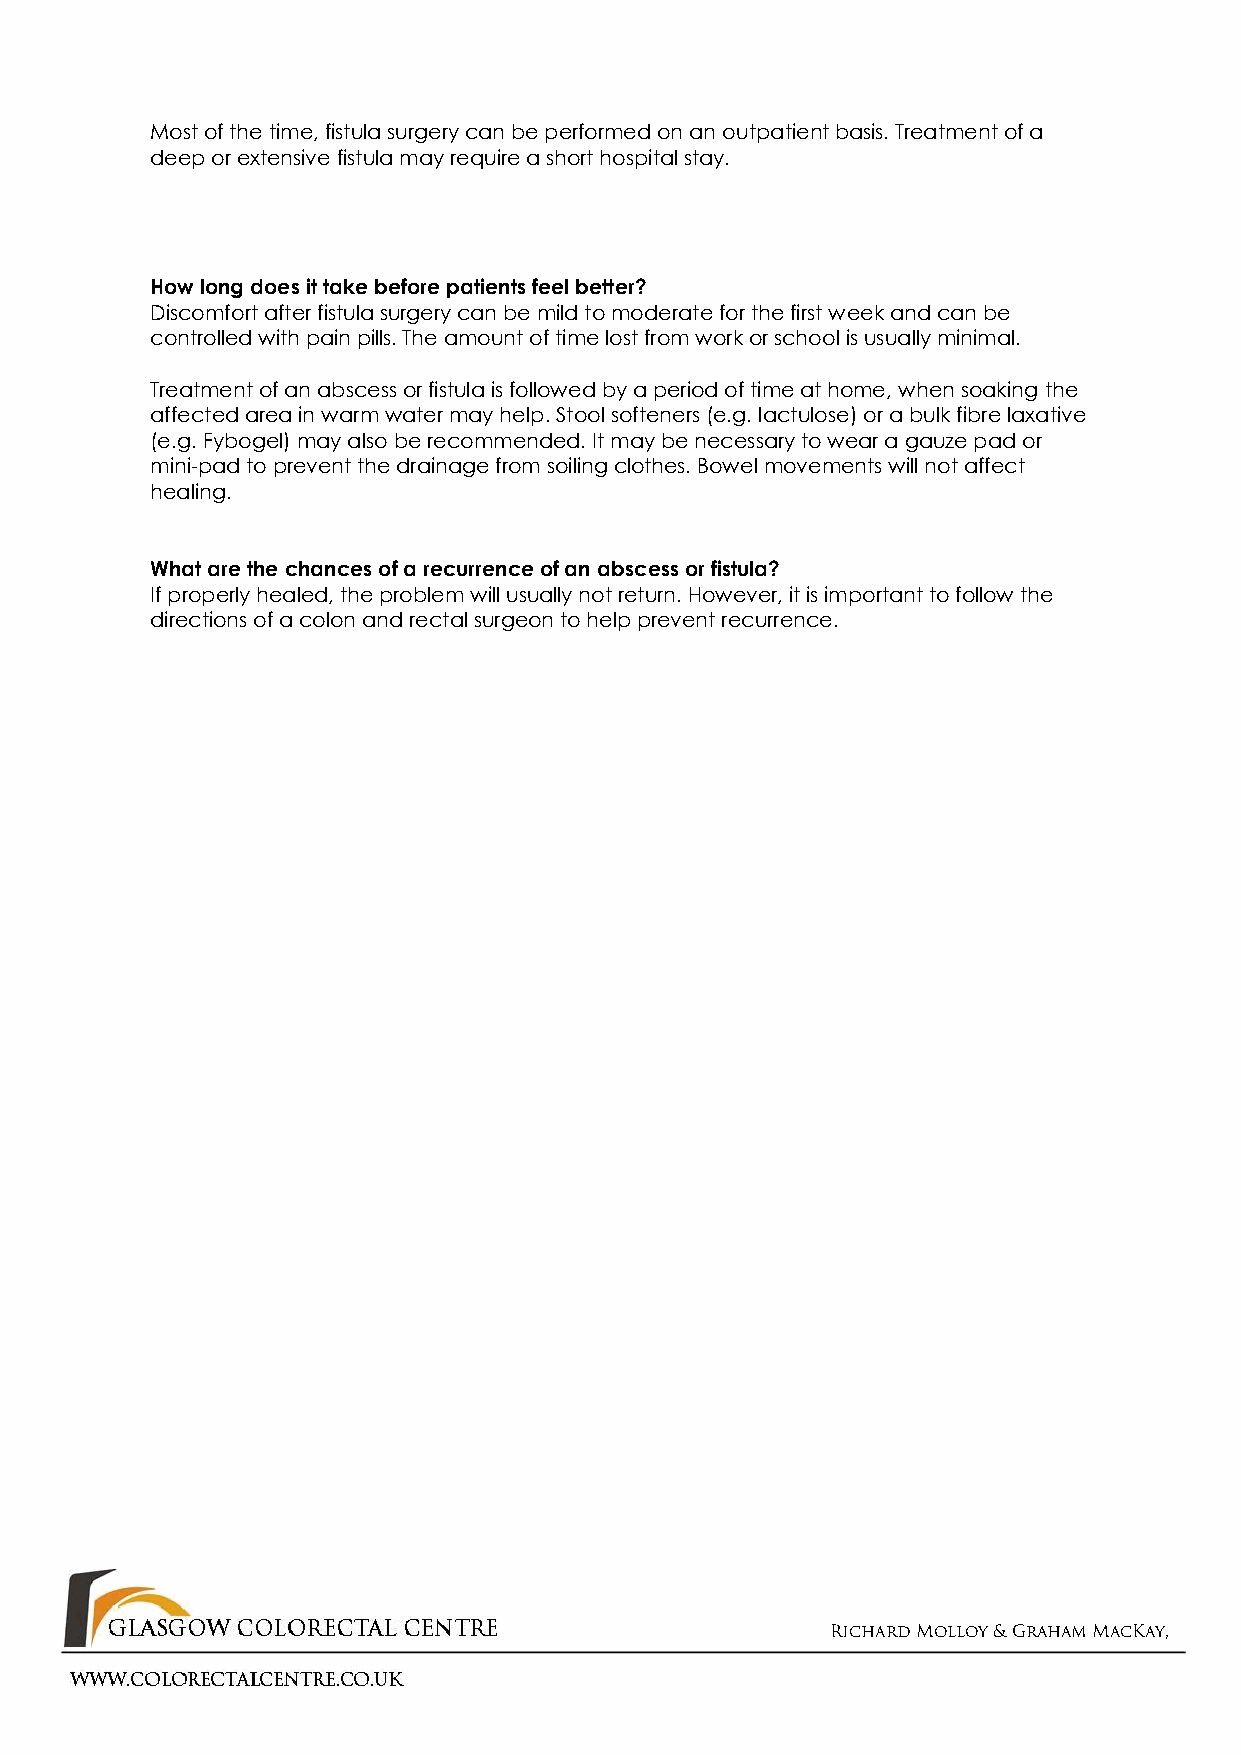
Most of the time,fistula surgery can be performed on an outpatient basis. Treatment of a
 deep or extensive fistula may require a short hospital stay.
 How long does it take before patients feel better?
 Discomfort after fistula surgery can be mild to moderate for the first week and can be
 controlled with pain pills. The amount of time lost from work or school is usually minimal.
 Treatment of an abscess or fistula is followed by a period of time at home, when soaking the
 affected area in warm water may help. Stool softeners(e.g. lactulose)or a bulk fibrelaxative
 (e.g. Fybogel)may also be recommended. It may be necessary to wear a gauze pad or
 mini-pad to prevent the drainage from soiling clothes. Bowel movements will not affect
 healing.
 What are the chances ofa recurrence of an abscess or fistula?
 If properly healed, the problem will usually not return. However, it is important to follow the
 directions of a colon and rectal surgeon to help prevent recurrence.
 Richard Molloy& Graham MacKay,